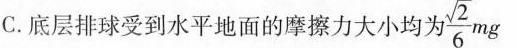
C.底层排球受到水平地面的摩擦力大小均 $$\frac{\sqrt{2}}{6}mg$$